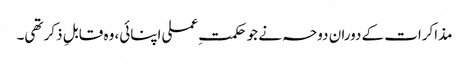
مذاکرات کے دوران دوحہ نے جو حکمتِ عملی اپنائی، وہ قابلِ ذکر تھی۔